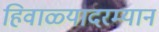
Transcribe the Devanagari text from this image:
हिवाळ्यादरम्यान